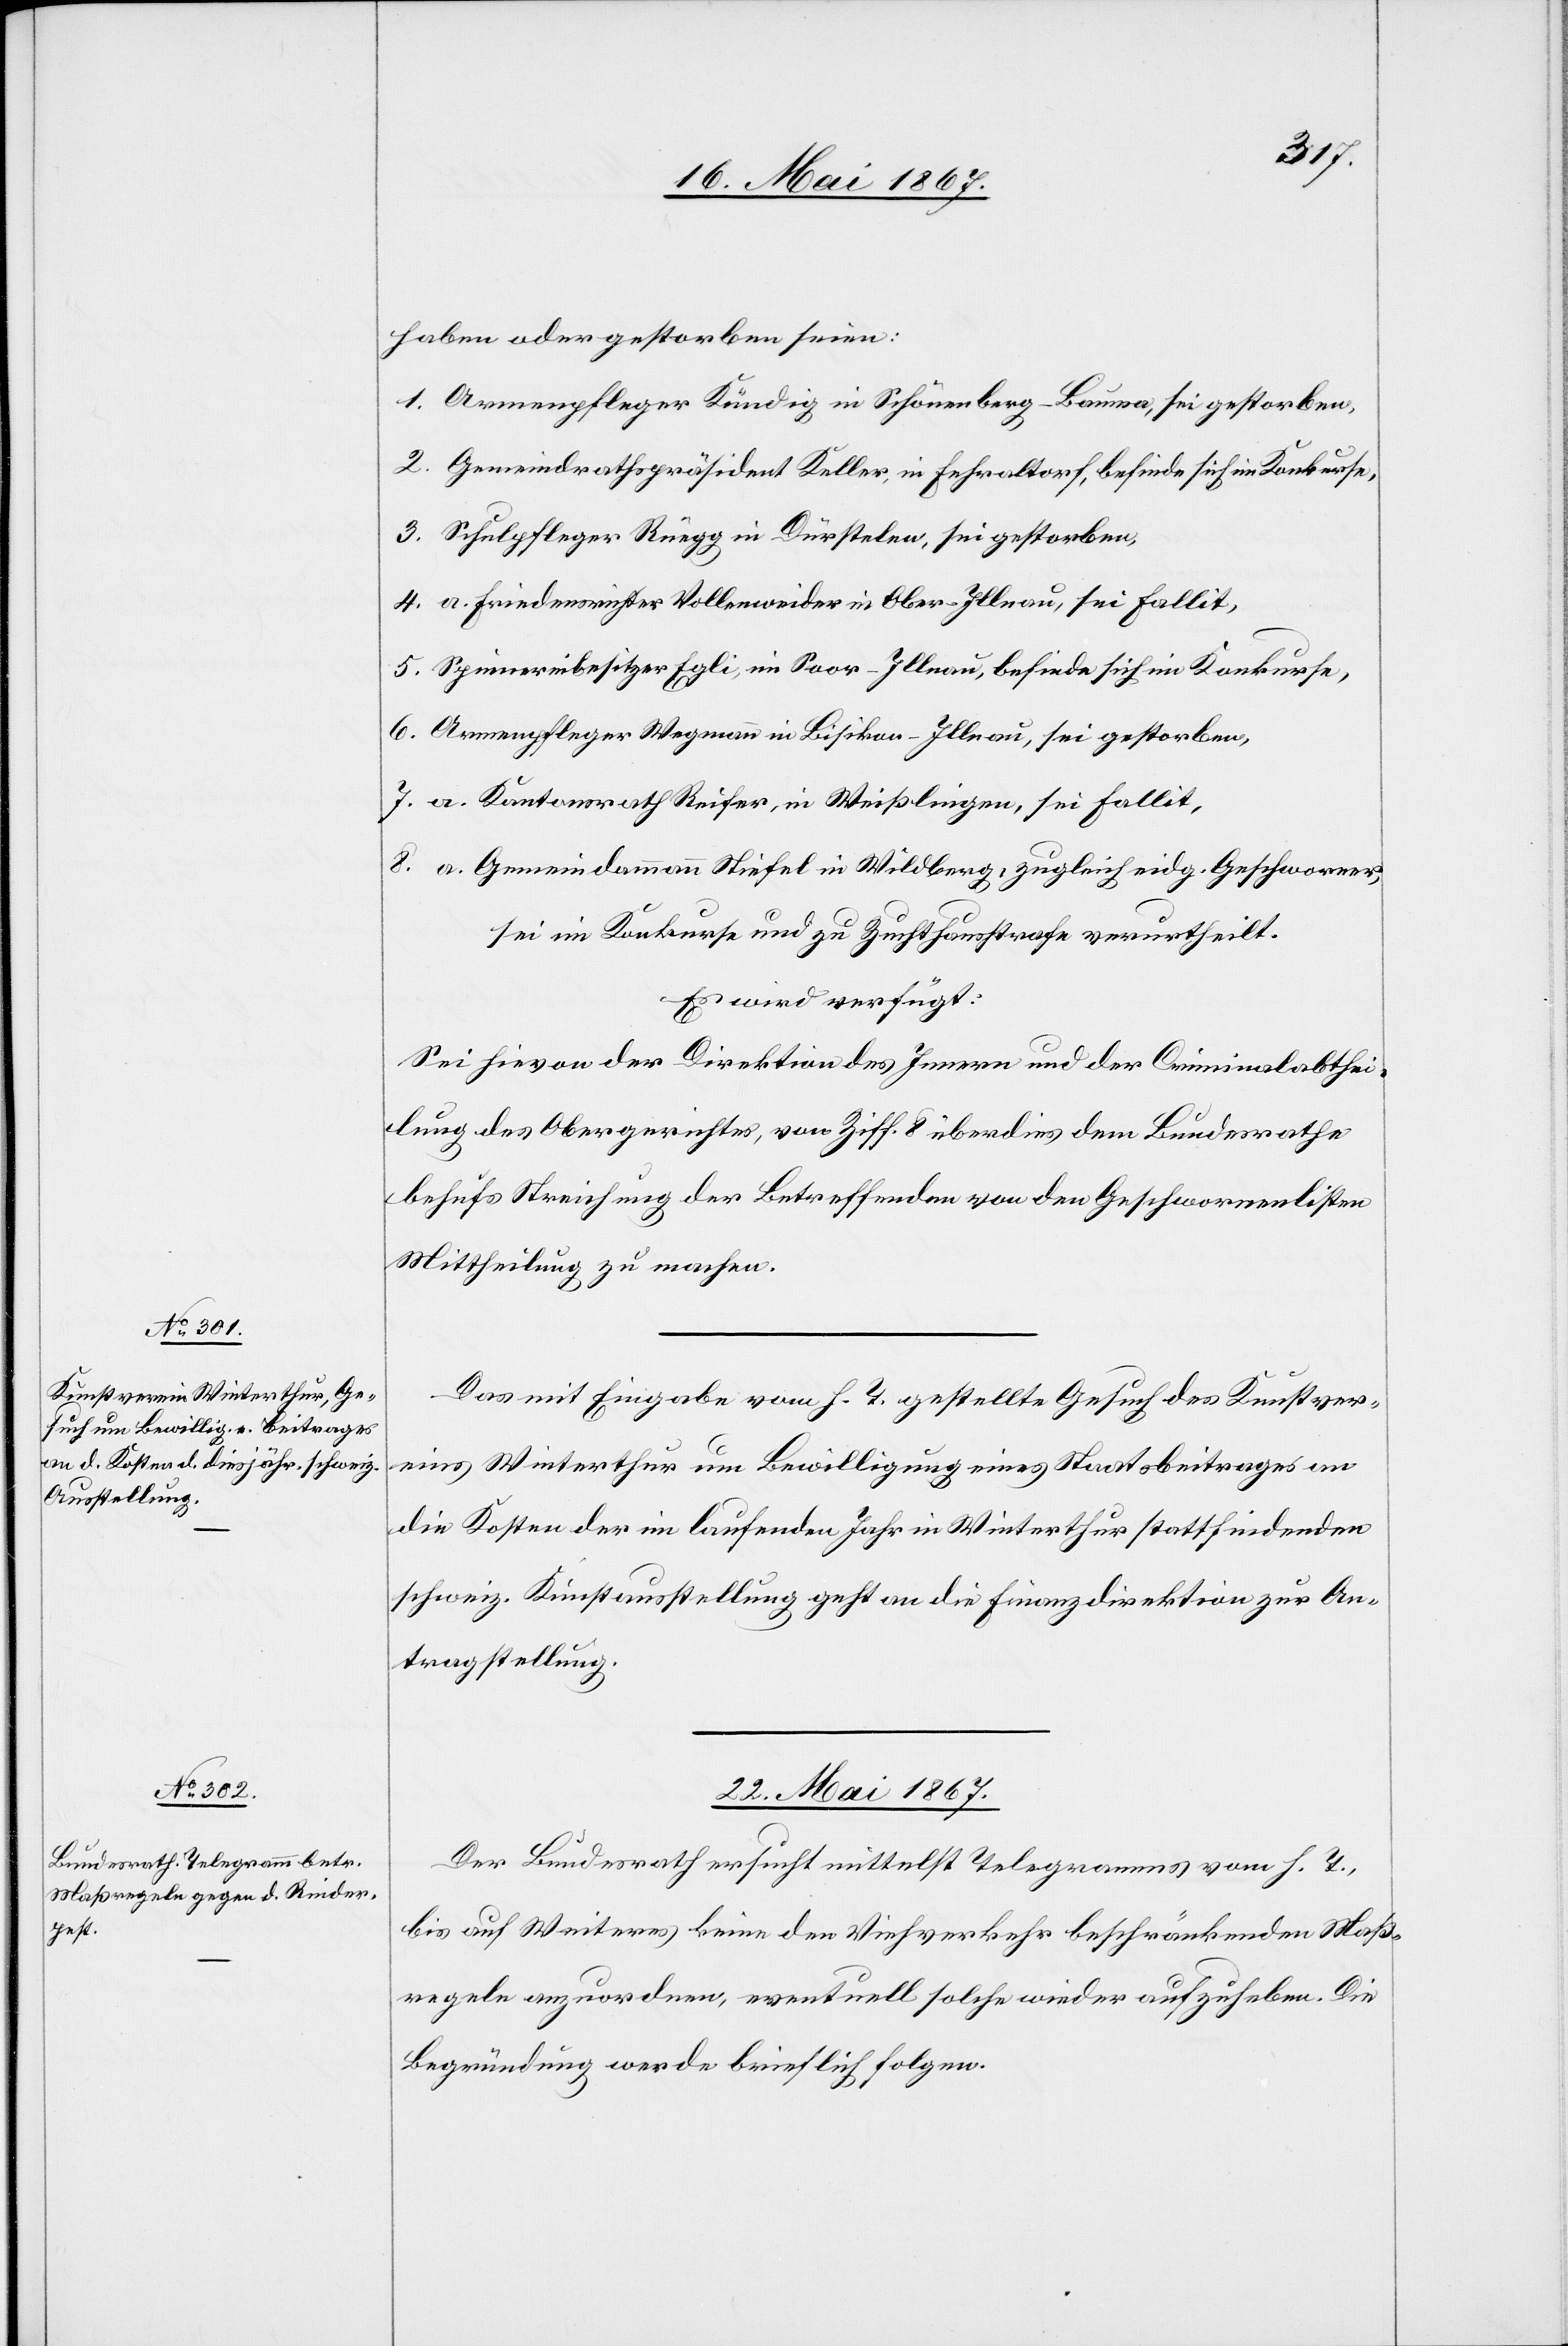
haben oder gestorben seien:
Armenpfleger Kündig in Schönenberg-Bauma, sei gestorben,
Gemeindrathspräsident Keller, in Fehraltorf, befinde sich im Konkurse,
Schulpfleger Rüegg in Dürstelen, sei gestorben,
a. Friedensrichter Vollenweider in Ober-Illnau, sei fallit,
Spinnereibesitzer Egli, im Soor-Illnau, befinde sich im Konkurse,
Armenpfleger Wegmann in Bisikon-Illnau, sei gestorben,
a. Kantonsrath Reifer, in Weißlingen, sei fallit,
a. Gemeindammann Stiefel in Wildberg, zugleich eidg. Geschworener,
sei im Konkurse und zu Zuchthausstrafe verurtheilt.
Es wird verfügt:
Sei hievon der Direktion des Innern und der Criminalabthei¬
lung des Obergerichtes, von Ziff. 8 überdies dem Bundesrathe
behufs Streichung des Betreffenden von den Geschworenenlisten
Mittheilung zu machen.
Das mit Eingabe vom h. T. gestellte Gesuch des Kunstver¬
eins Winterthur um Bewilligung eines Staatsbeitrages an
die Kosten der im laufenden Jahr in Winterthur stattfindenden
schweiz. Kunstausstellung geht an die Finanzdirektion zur An¬
tragstellung.
22. Mai 1867.
Der Bundesrath ersucht mittelst Telegramm vom h. T.,
bis auf Weiteres keine den Viehverkehr beschränkenden Maß¬
regeln anzuordnen, eventuell solche wieder aufzuheben. Die
Begründung werde brieflich folgen.